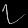
Digit: ၇